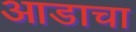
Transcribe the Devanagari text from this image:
आडाचा